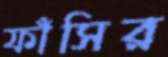
ফাঁসির